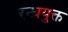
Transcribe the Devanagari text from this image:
रन्ध्रयुक्त